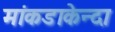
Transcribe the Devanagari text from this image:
मांकडाकेन्दा